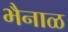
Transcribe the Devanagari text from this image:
भैनाळ